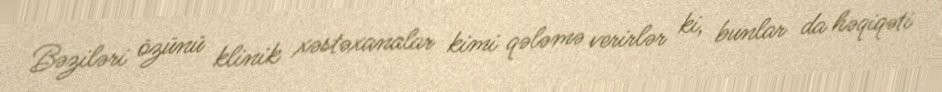
Bəziləri özünü klinik xəstəxanalar kimi qələmə verirlər ki, bunlar da həqiqəti